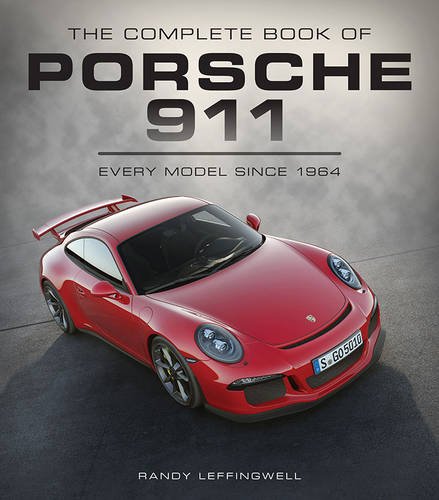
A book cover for The Complete Book of Porsche 911: Every Model Since 1964 (Complete Book Series); Randy Leffingwell; Engineering & Transportation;